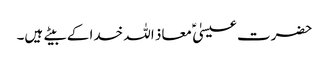
حضرت عیسیٰ ؑ معاذ اللہ خدا کے بیتے ہیں۔